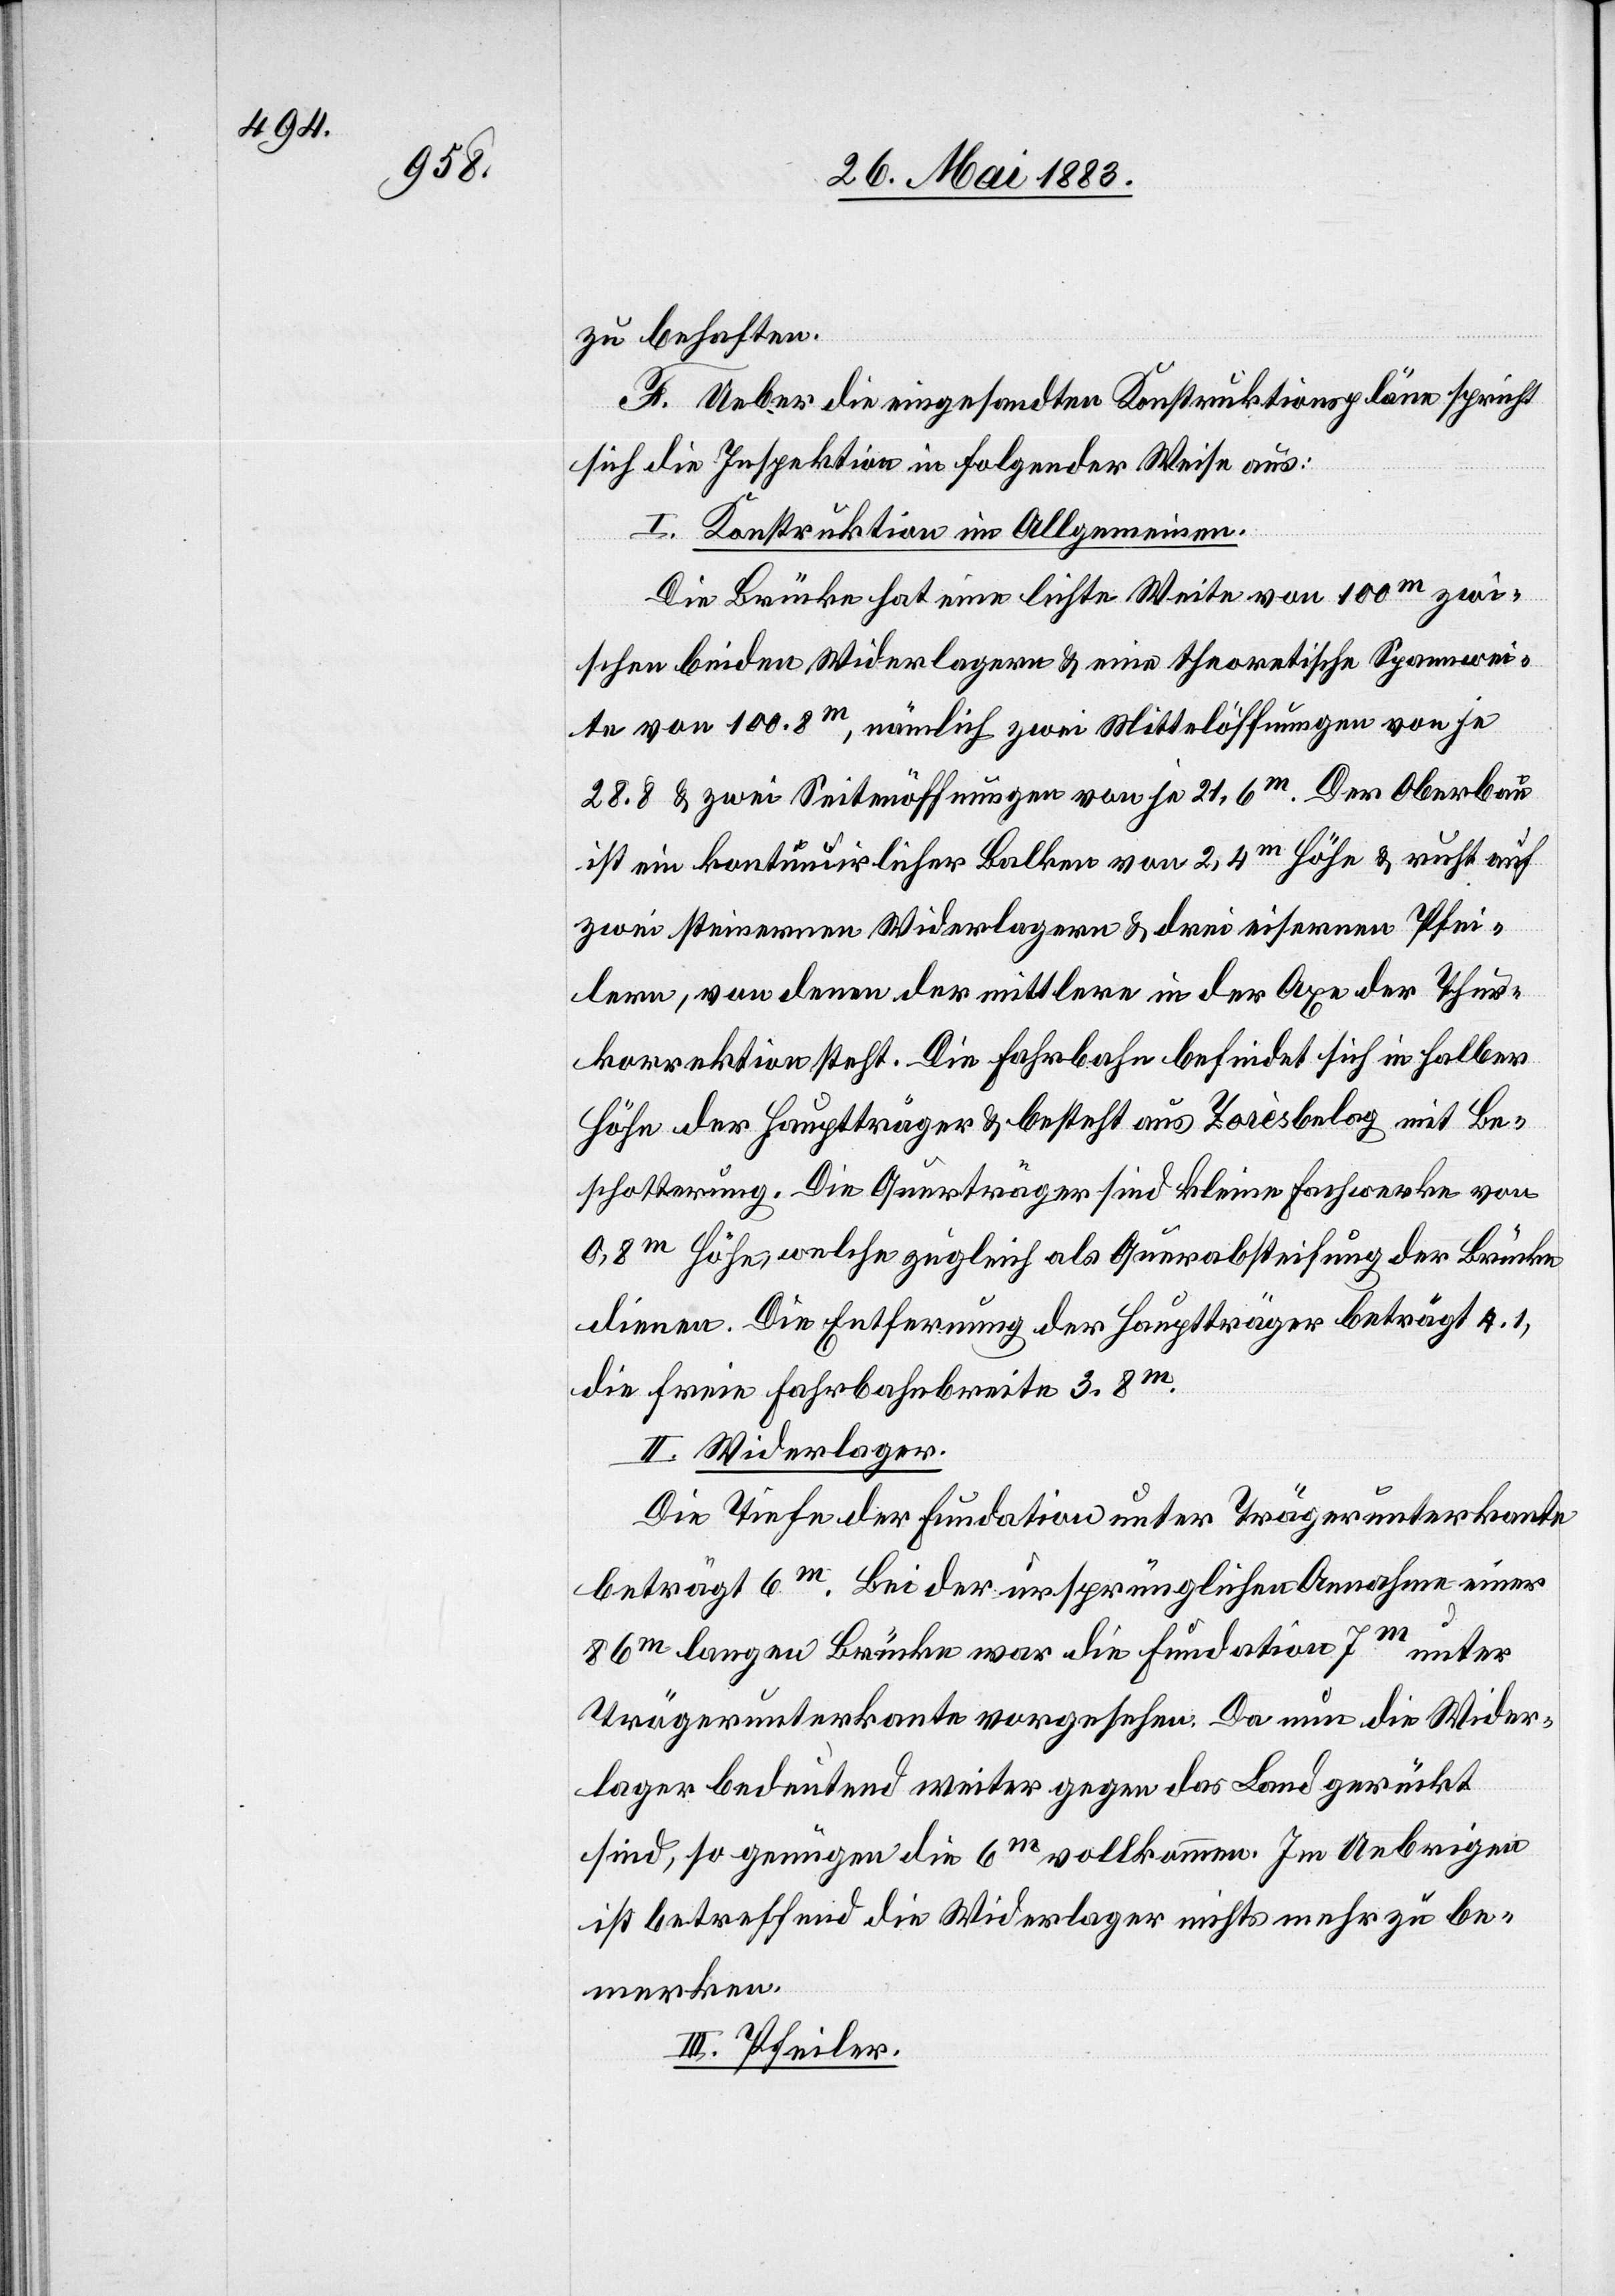
zu behaften.
F. Ueber die eingesandten Konstruktionspläne spricht
sich die Inspektion in folgender Weise aus:
I. Konstruktion im Allgemeinen.
Die Brücke hat eine leichte Weite von 100m zwi¬
schen beiden Widerlagern & eine theoretische Spannwei¬
te von 100.8m, nämlich zwei Mittelöffnungen von je
28.8 & zwei Seitenöffnungen von je 21,6m. Der Oberbau
ist ein kontinuirlicher Balken von 2,4m Höhe & ruht auf
zwei steinernen Widerlagern & drei eisernen Pfei¬
lern, von denen der mittlere in der Axe der Thur¬
korrektion steht. Die Fahrbahn befindet sich in halber
Höhe der Hauptträger & besteht aus Zorèsbelag mit Be¬
schotterung. Die Querträger sind kleine Fachwerke von
0,8m Höhe, welche zugleich als Querabsteifung der Brücke
dienen. Die Entfernung der Hauptträger beträgt 4.1,
die freie Fahrbahnbreite 3.8m.
II. Widerlager.
Die Tiefe der Fundation unter Trägerunterkante
beträgt 6m. Bei der ursprünglichen Annahme einer
86m langen Brücke war die Fundation 7m unter
Trägerunterkante vorgesehen. Da nun die Wider¬
lager bedeutend weiter gegen das Land gerückt
sind, so genügen die 6m vollkommen. Im Uebrigen
ist betreffend die Widerlager nichts mehr zu be¬
merken.
III. Pfeiler.